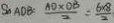
S _ { \Delta } A D B : \frac { A O \times O B } { 2 } = \frac { 6 \times 8 } { 2 }